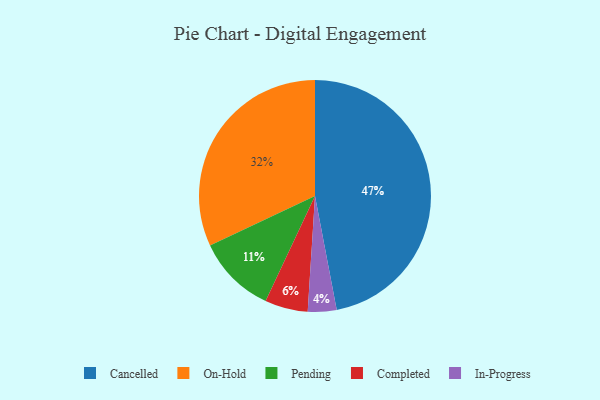
{"axis": {"x": "Category", "y": "Percentage"}, "legend": ["Cancelled", "Completed", "In-Progress", "On-Hold", "Pending"], "data": [{"x": "On-Hold", "y": 32, "type": "On-Hold"}, {"x": "Pending", "y": 11, "type": "Pending"}, {"x": "In-Progress", "y": 4, "type": "In-Progress"}, {"x": "Cancelled", "y": 47, "type": "Cancelled"}, {"x": "Completed", "y": 6, "type": "Completed"}]}